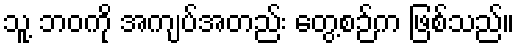
သူ့ ဘဝကို အကျပ်အတည်း တွေ့စဉ်က ဖြစ်သည်။